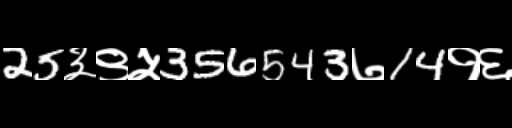
Text: 25३९५356543७14१६